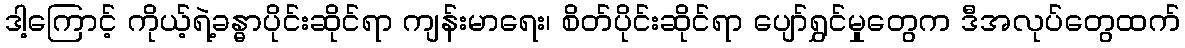
ဒါ့ကြောင့် ကိုယ့်ရဲ့ခန္ဓာပိုင်းဆိုင်ရာ ကျန်းမာရေး၊ စိတ်ပိုင်းဆိုင်ရာ ပျော်ရွှင်မှုတွေက ဒီအလုပ်တွေထက်